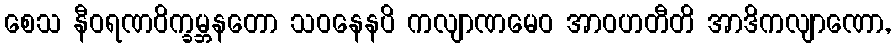
စေသ နီဝရဏဝိက္ခမ္ဘနတော သဝနေနပိ ကလျာဏမေဝ အာဝဟတီတိ အာဒိကလျာဏော,